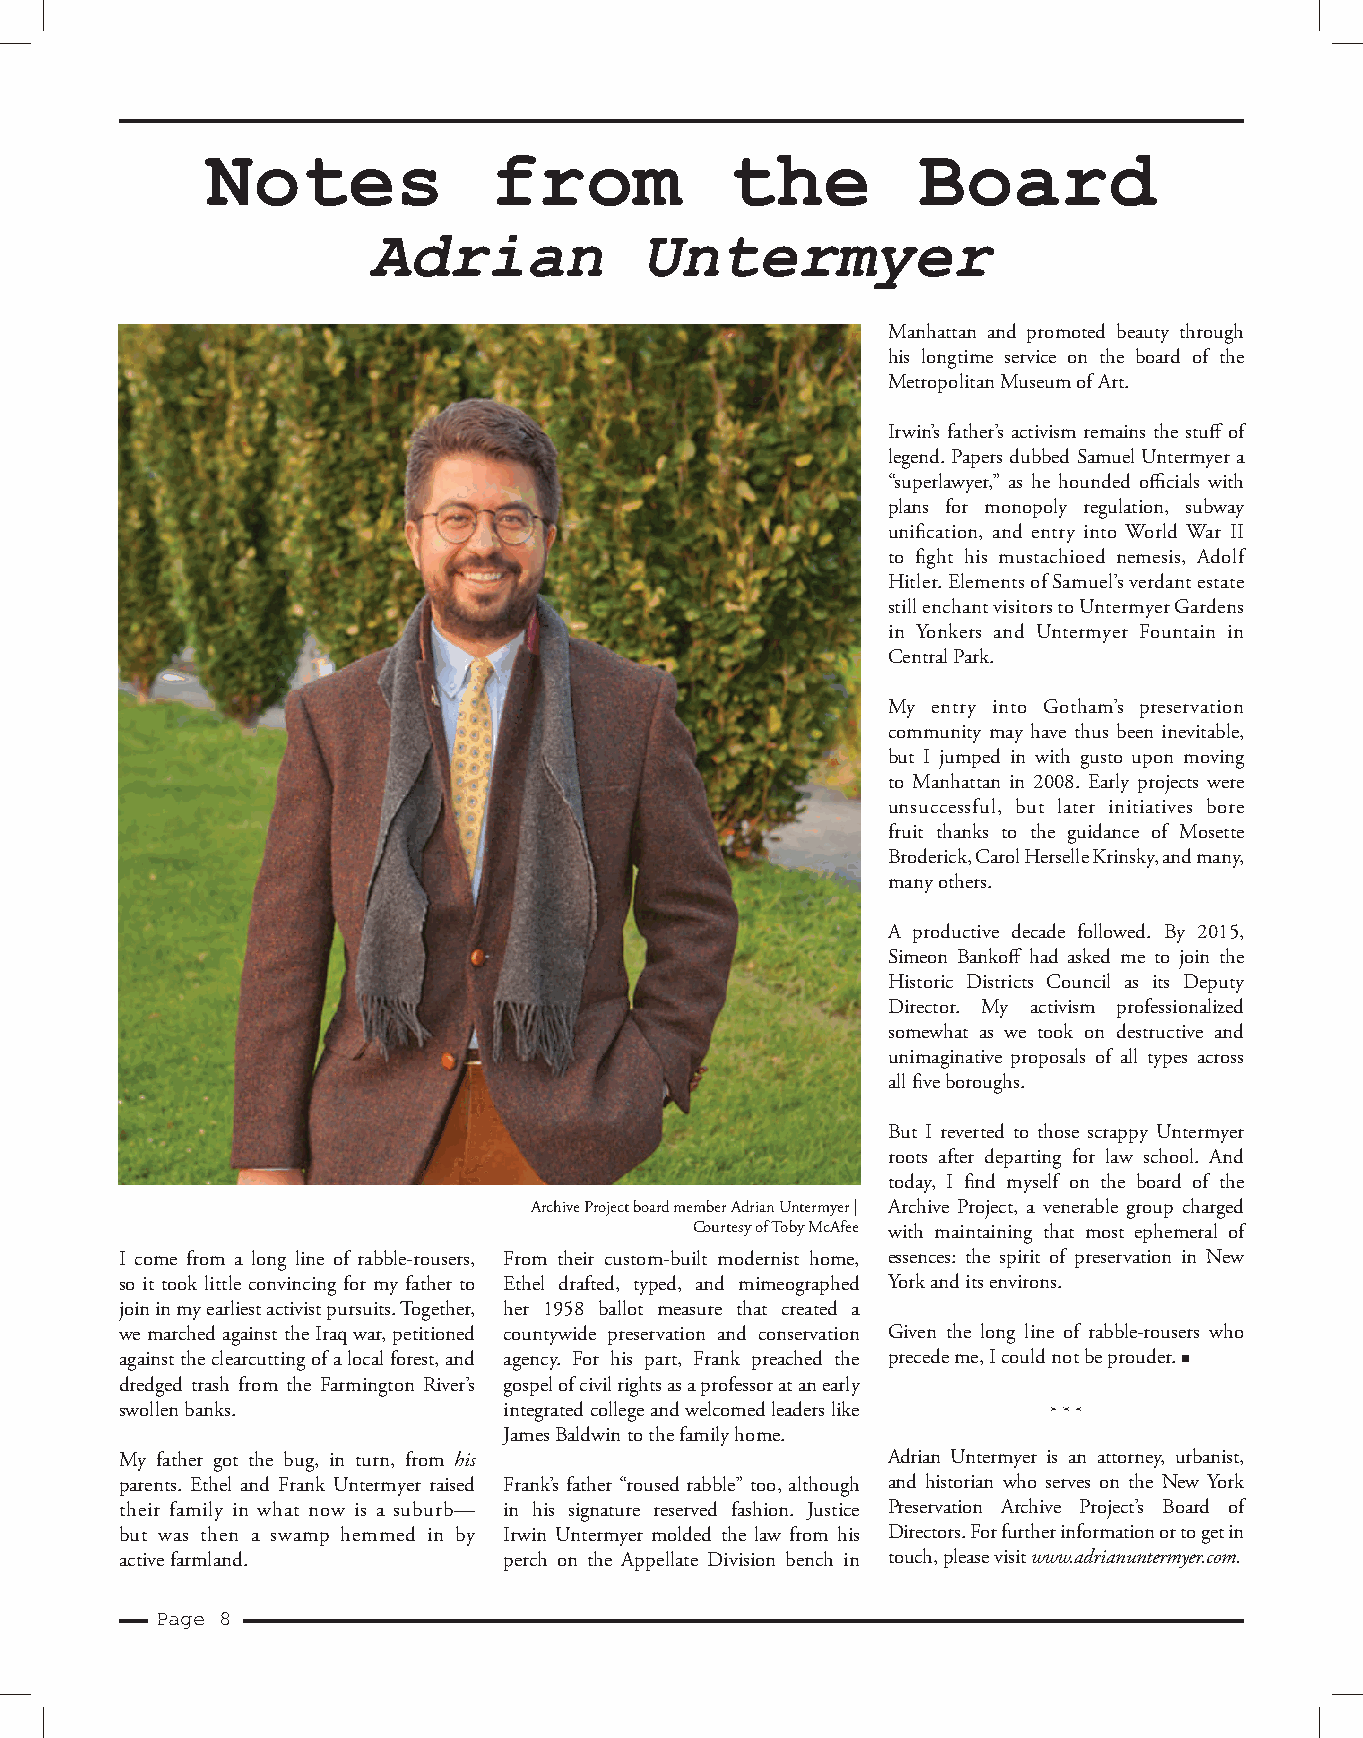
Notes             from            the          Board
 Adrian           Untermyer
 Manhattan and promoted beauty through
 his longtime service on the board of the
 Metropolitan Museum of Art.
 Irwin’s father’s activism remains the stuff of
 legend. Papers dubbed Samuel Untermyer a
 “superlawyer,” as he hounded offi cials with
 plans for monopoly regulation, subway
 unifi cation, and entry into World War II
 to fi ght his mustachioed nemesis, Adolf
 Hitler. Elements of Samuel’s verdant estate
 still enchant visitors to Untermyer Gardens
 in Yonkers and Untermyer Fountain in
 Central Park.
 My entry into Gotham’s preservation
 community may have thus been inevitable,
 but I jumped in with gusto upon moving
 to Manhattan in 2008. Early projects were
 unsuccessful, but later initiatives bore
 fruit thanks to the guidance of Mosette
 Broderick, Carol Herselle Krinsky, and many,
 many others.
 A productive decade followed. By 2015,
 Simeon Bankoff had asked me to join the
 Historic Districts Council as its Deputy
 Director. My activism professionalized
 somewhat as we took on destructive and
 unimaginative proposals of all types across
 all fi ve boroughs.
 But I reverted to those scrappy Untermyer
 roots after departing for law school. And
 today, I fi nd myself on the board of the
 Archive Project board member Adrian Untermyer | Archive Project, a venerable group charged
 Courtesy of Toby McAfee with maintaining that most ephemeral of
 I come from a long line of rabble-rousers, From their custom-built modernist home, essences: the spirit of preservation in New
 so it took little convincing for my father to Ethel drafted, typed, and mimeographed York and its environs.
 join in my earliest activist pursuits. Together, her 1958 ballot measure that created a
 we marched against the Iraq war, petitioned countywide preservation and conservation Given the long line of rabble-rousers who
 against the clearcutting of a local forest, and agency. For his part, Frank preached the precede me, I could not be prouder.
 dredged trash from the Farmington River’s gospel of civil rights as a professor at an early
 swollen banks.           integrated college and welcomed leaders like
 James Baldwin to the family home.
 My father got the bug, in turn, from his           Adrian Untermyer is an attorney, urbanist,
 parents. Ethel and Frank Untermyer raised Frank’s father “roused rabble” too, although and historian who serves on the New York
 their family in what now is a suburb— in his signature reserved fashion. Justice Preservation Archive Project’s Board of
 but was then a swamp hemmed in by Irwin Untermyer molded the law from his Directors. For further information or to get in
 active farmland.         perch on the Appellate Division bench in touch, please visit www.adrianuntermyer.com.
 Page 8